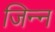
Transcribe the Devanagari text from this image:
जिन्‍न